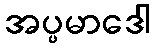
အပ္ပမာဒေါ